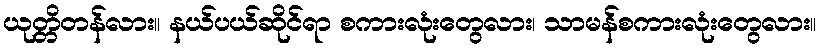
ယုတ္တိတန်လား။ နယ်ပယ်ဆိုင်ရာ စကားလုံးတွေလား၊ သာမန်စကားလုံးတွေလား။